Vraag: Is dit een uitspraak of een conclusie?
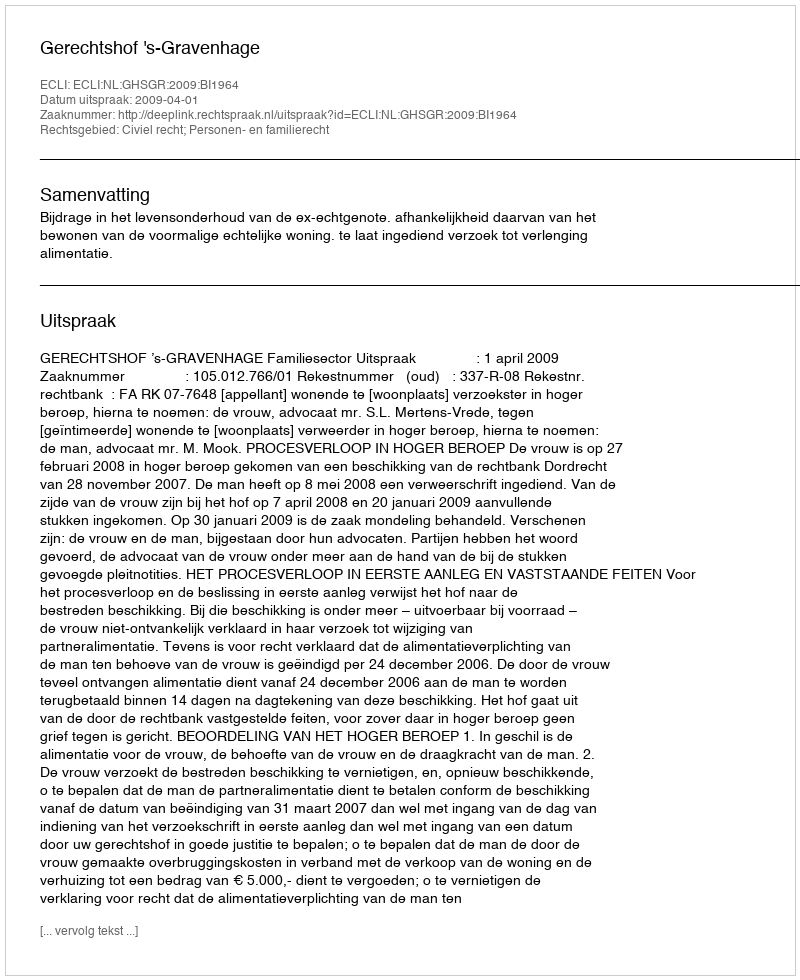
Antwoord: Uitspraak